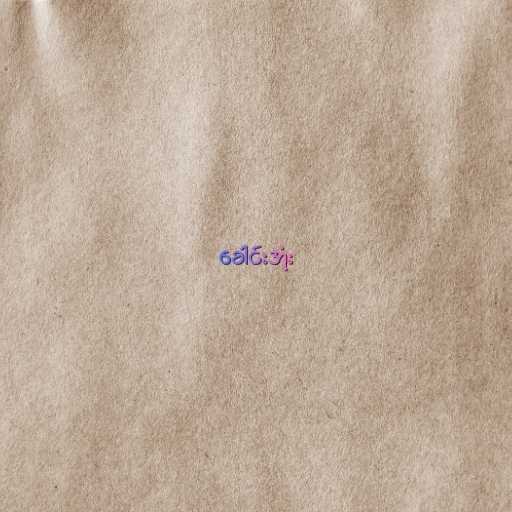
ခေါင်းအုံး